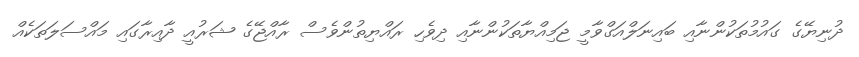
ދުނިޔޭގެ ގައުމުތަކުންނާއި ބައިނަލްއަގްވާމީ ޖަމިއްޔާތަކުންނާއި ދިވެހި ރައްޔިތުންވެސް ރާއްޖޭގެ ޝަރުއީ ދާއިރާގައި މައްސަލަތަކެއް